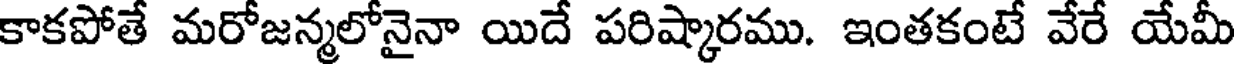
కాకపోతే మరోజన్మలోనైనా యిదే పరిష్కారము. ఇంతకంటే వేరే యేమీ